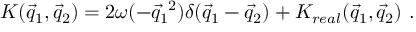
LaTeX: { \cal K } ( \vec { q } _ { 1 } , \vec { q } _ { 2 } ) = 2 \omega ( - { \vec { q } } _ { 1 } ^ { ~ 2 } ) \delta ( \vec { q } _ { 1 } - \vec { q } _ { 2 } ) + { \cal K } _ { r e a l } ( \vec { q } _ { 1 } , \vec { q } _ { 2 } ) ~ .